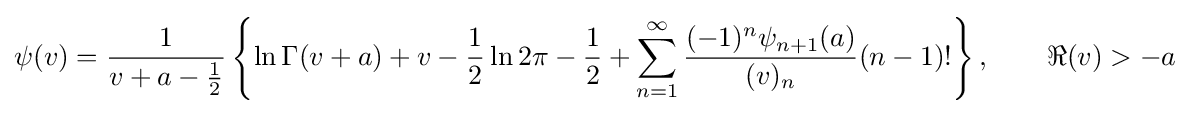
\psi (v)={\frac {1}{v+a-{\tfrac {1}{2}}}}\left\{\ln \Gamma (v+a)+v-{\frac {1}{2}}\ln 2\pi -{\frac {1}{2}}+\sum _{n=1}^{\infty }{\frac {(-1)^{n}\psi _{n+1}(a)}{(v)_{n}}}(n-1)!\right\},\qquad \Re (v)>-a